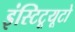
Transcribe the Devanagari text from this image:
इंस्टिटूयूटो